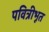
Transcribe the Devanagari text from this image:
पवित्रीभूत